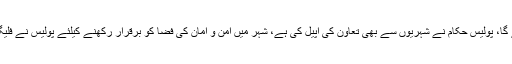
ڈولفن اور پیرو فورس کے علاوہ کیو آر ایف کو اہم مقامات پر تعینات کیا جائے گا، پولیس حکام نے شہریوں سے بھی تعاون کی اپیل کی ہے، شہر میں امن و امان کی فضا کو برقرار رکھنے کیلئے پولیس نے فلیگ مارچ بھی کیا، جس کی قیادت ایس ایس پی آپریشنز اسماعیل کھاڑک نے کی۔